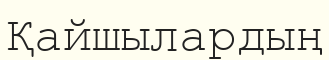
Қайшылардың